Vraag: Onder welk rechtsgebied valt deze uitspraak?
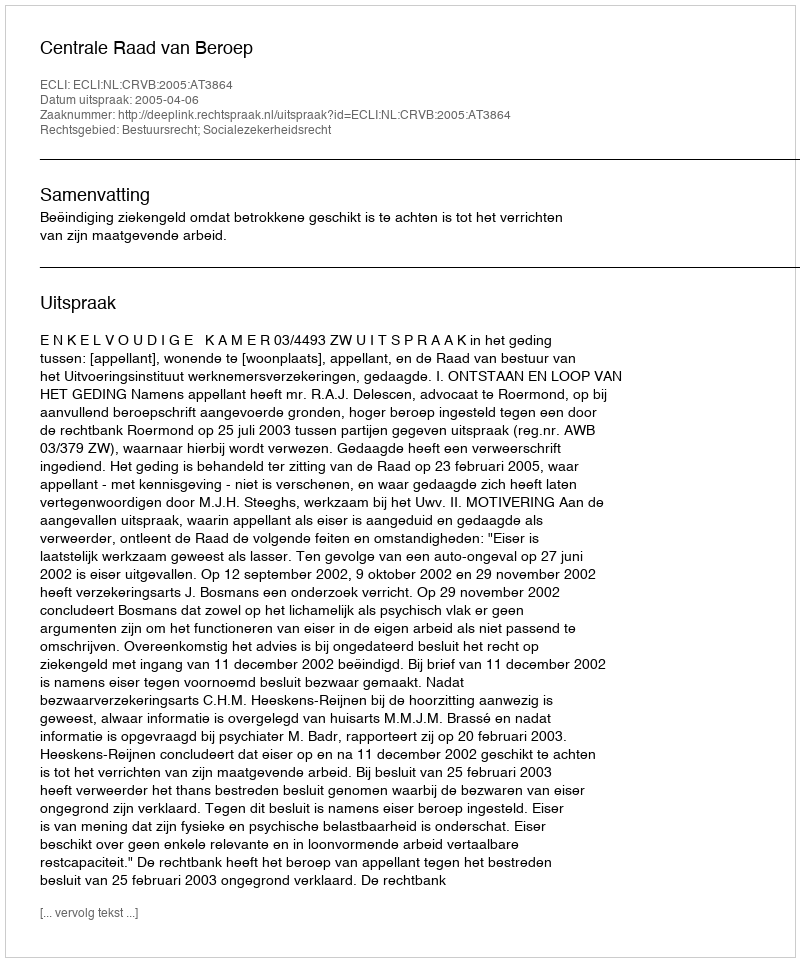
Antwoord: Bestuursrecht; Socialezekerheidsrecht